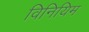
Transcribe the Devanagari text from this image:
विनियिम